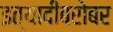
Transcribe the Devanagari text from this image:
इत्यादींबरोबर